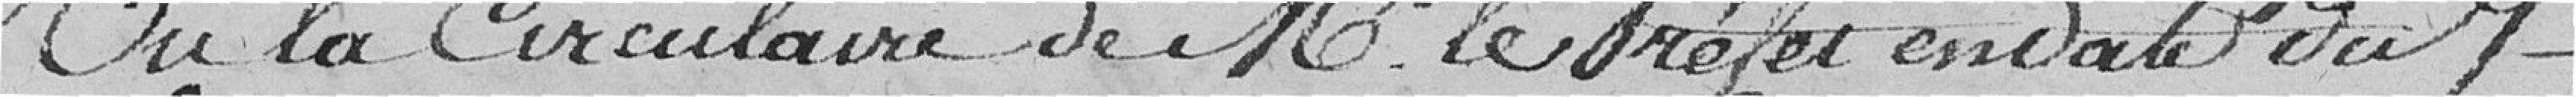
Vu la circulaire de M. le préfet en date du 7